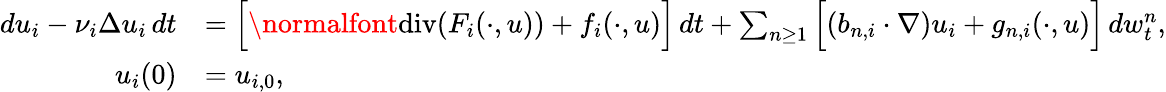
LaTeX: \begin{array}{rl}{du_{i}-\nu_{i}\Delta u_{i}\, dt}&{=\Big[\normalfont{\mathrm{div}}(F_{i}(\cdot,u))+f_{i}(\cdot,u)\Big]\, dt+\sum_{n\geq 1}\Big[(b_{n,i}\cdot\nabla)u_{i}+g_{n,i}(\cdot,u)\Big]\, dw_{t}^{n},}\\ {u_{i}(0)}&{=u_{i,0},}\end{array}